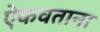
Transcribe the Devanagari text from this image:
ऐकवताना